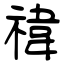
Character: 禕